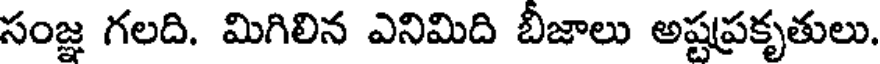
సంజ్ఞ గలది. మిగిలిన ఎనిమిది బీజాలు అష్టప్రకృతులు.